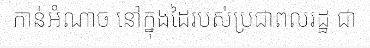
កាន់អំណាច នៅក្នុងដៃរបស់ប្រជាពលរដ្ឋ ជា